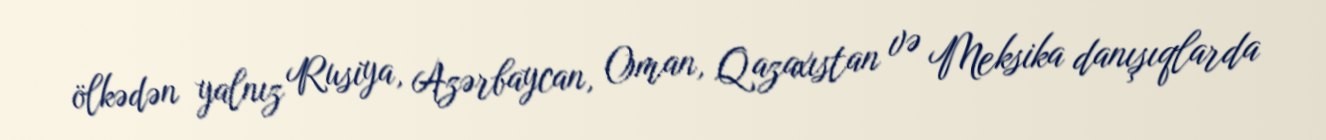
ölkədən yalnız Rusiya, Azərbaycan, Oman, Qazaxıstan və Meksika danışıqlarda